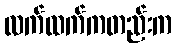
လက်ထက်ကတည်းက